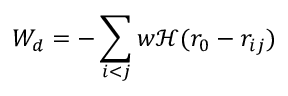
W _ { d } = - \sum _ { i < j } w \mathcal { H } ( r _ { 0 } - r _ { i j } )